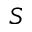
S